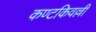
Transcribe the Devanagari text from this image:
कण्टकिवल्ली